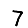
Digit: 7